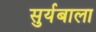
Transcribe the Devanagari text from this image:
सुर्यबाला